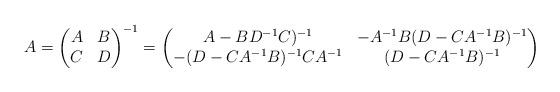
LaTeX: \begin{align*} A =\begin{pmatrix} A & B \\C & D\end{pmatrix}^{-1}=\begin{pmatrix}A-BD^{-1}C)^{-1} & -A^{-1}B(D-CA^{-1}B)^{-1} \\-(D-CA^{-1}B)^{-1} CA^{-1} & (D-CA^{-1}B)^{-1}\end{pmatrix}\end{align*}